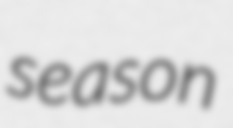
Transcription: season